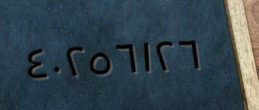
٤٠٢٥٦١٢٦